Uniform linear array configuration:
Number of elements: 4
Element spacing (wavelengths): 1
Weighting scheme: hamming
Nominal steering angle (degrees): -60
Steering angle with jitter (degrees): -61.146
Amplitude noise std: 0.05
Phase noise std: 0.05

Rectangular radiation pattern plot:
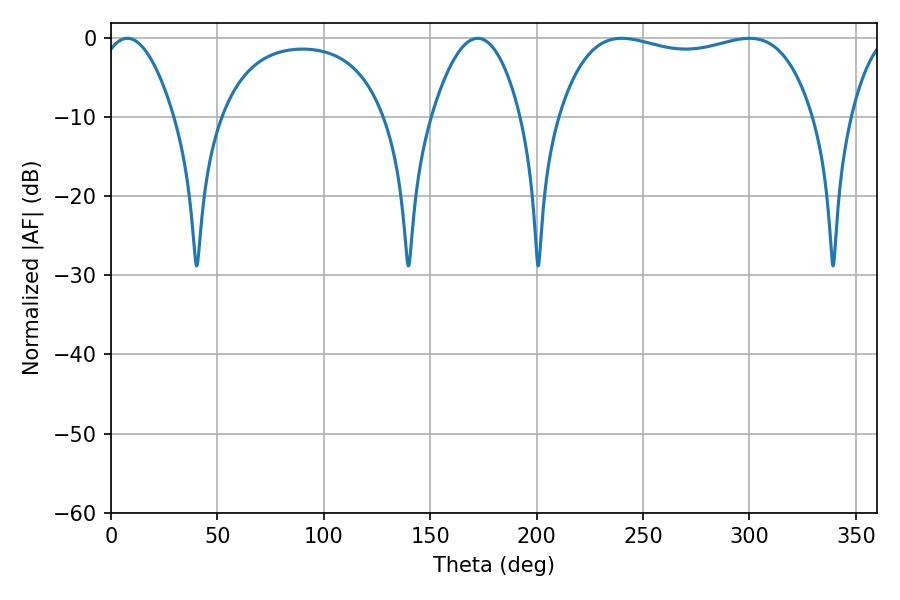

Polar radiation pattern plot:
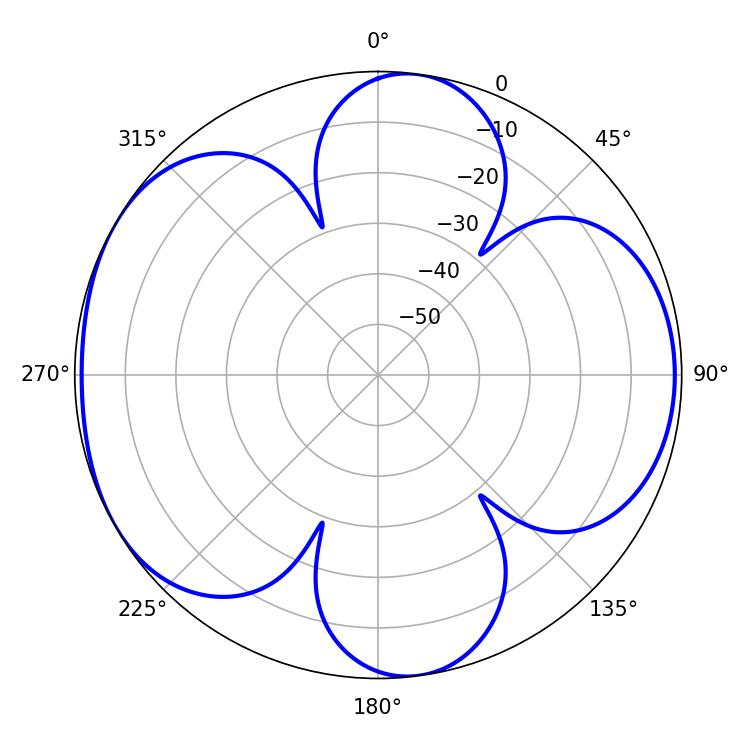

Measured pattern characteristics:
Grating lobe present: TRUE
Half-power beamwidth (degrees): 96.48
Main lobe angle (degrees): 239.94